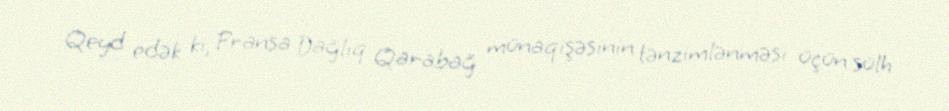
Qeyd edək ki, Fransa Dağlıq Qarabağ münaqişəsinin tənzimlənməsi üçün sülh